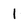
Character: l